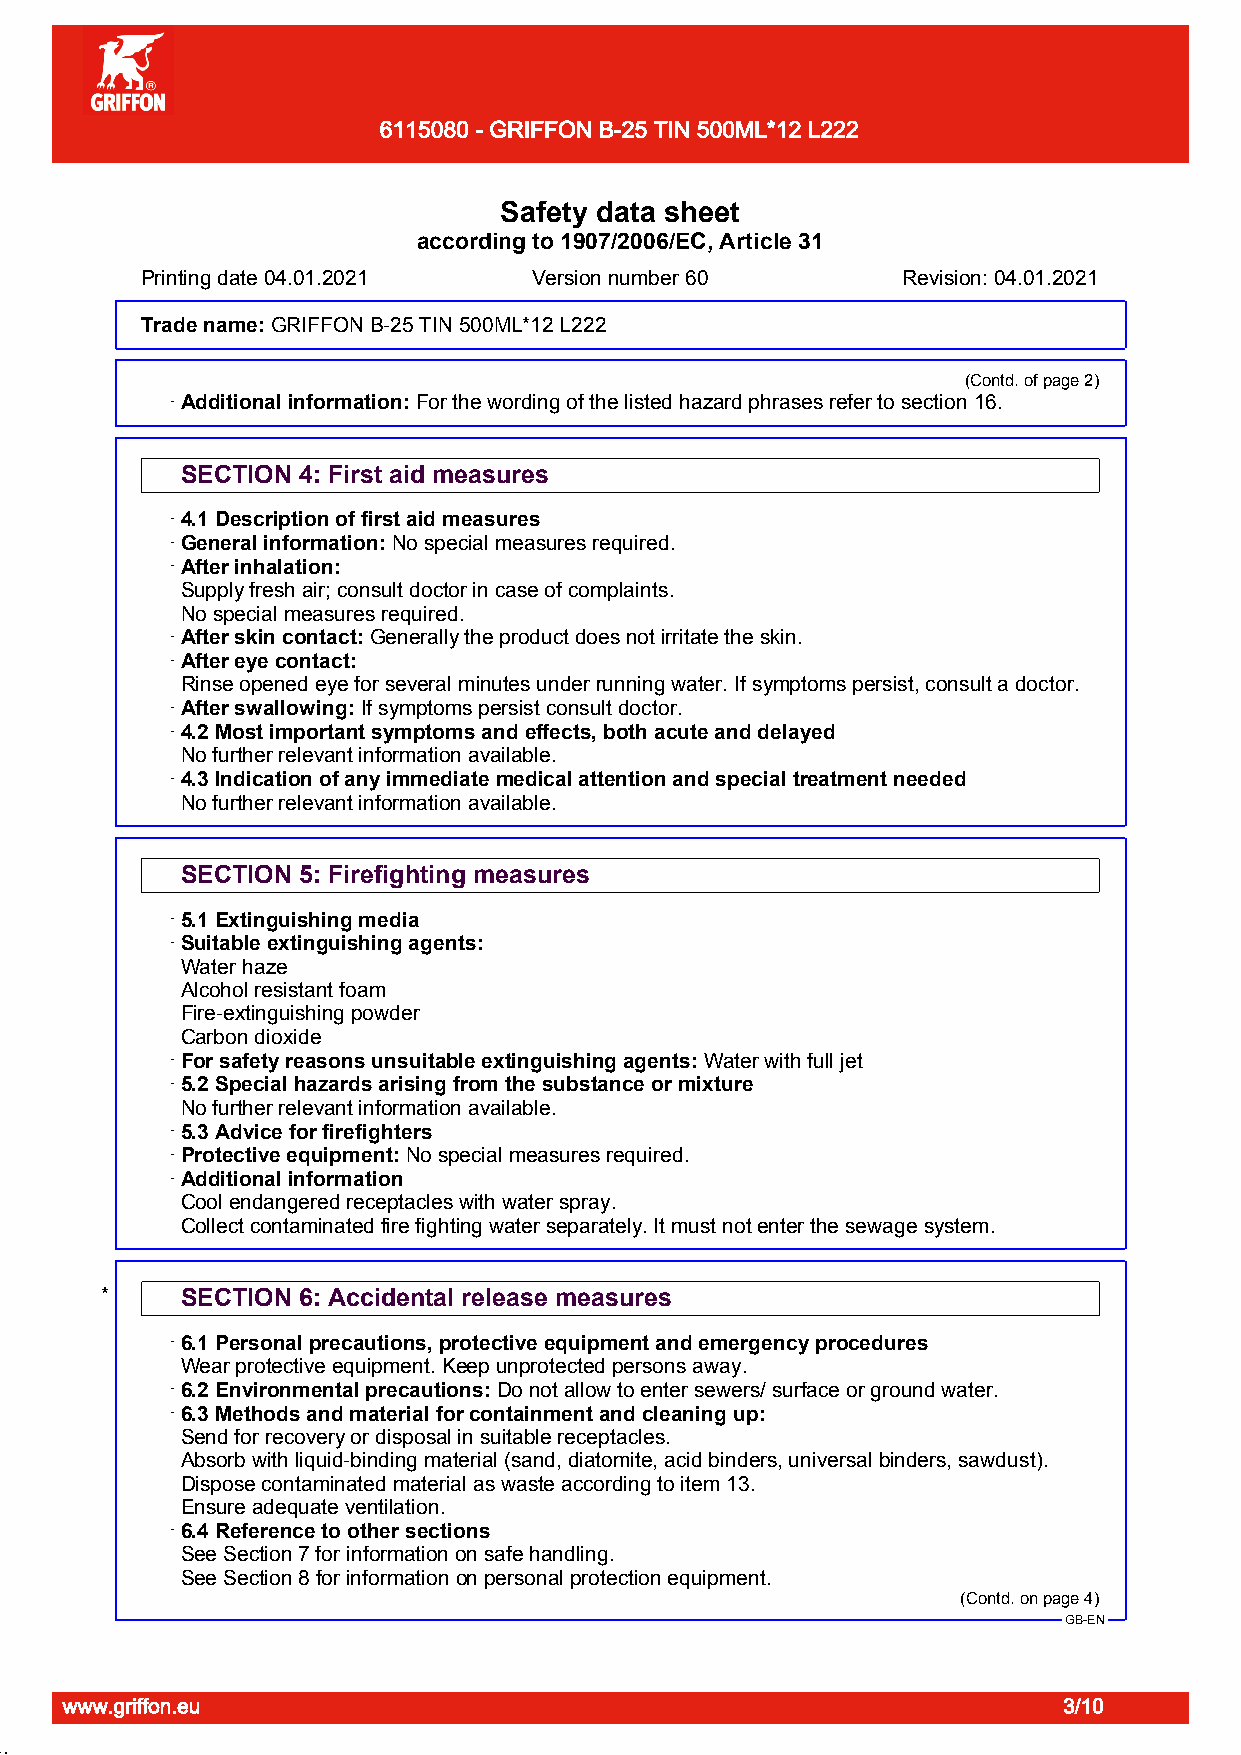
6115080 - GRIFFON B-25 TIN 500ML*12 L222
 Page 3/10
 Safety data sheet
 according to 1907/2006/EC, Article 31
 Printing date 04.01.2021  Version number 60        Revision: 04.01.2021
 Trade name:GDuRrIaFpFiOpNe OBn-2e5 S TtIeNp 5A0B0MS LS*o1l2v eLn2t2 2Cement
 (Contd. of page 2)
 · Additional information:For the wording of the listed hazard phrases refer to section 16.
 SECTION 4: First aid measures
 · 4.1 Description of first aid measures
 · General information:No special measures required.
 · After inhalation:
 Supply fresh air; consult doctor in case of complaints.
 No special measures required.
 · After skin contact:Generally the product does not irritate the skin.
 · After eye contact:
 Rinse opened eye for several minutes under running water. If symptoms persist, consult a doctor.
 · After swallowing:If symptoms persist consult doctor.
 · 4.2 Most important symptoms and effects, both acute and delayed
 No further relevant information available.
 · 4.3 Indication of any immediate medical attention and special treatment needed
 No further relevant information available.
 SECTION 5: Firefighting measures
 · 5.1 Extinguishing media
 · Suitable extinguishing agents:
 Water haze
 Alcohol resistant foam
 Fire-extinguishing powder
 Carbon dioxide
 · For safety reasons unsuitable extinguishing agents:Water with full jet
 · 5.2 Special hazards arising from the substance or mixture
 No further relevant information available.
 · 5.3 Advice for firefighters
 · Protective equipment:No special measures required.
 · Additional information
 Cool endangered receptacles with water spray.
 Collect contaminated fire fighting water separately. It must not enter the sewage system.
 *    SECTION 6: Accidental release measures
 · 6.1 Personal precautions, protective equipment and emergency procedures
 Wear protective equipment. Keep unprotected persons away.
 · 6.2 Environmental precautions:Do not allow to enter sewers/ surface or ground water.
 · 6.3 Methods and material for containment and cleaning up:
 Send for recovery or disposal in suitable receptacles.
 Absorb with liquid-binding material (sand, diatomite, acid binders, universal binders, sawdust).
 Dispose contaminated material as waste according to item 13.
 Ensure adequate ventilation.
 · 6.4 Reference to other sections
 See Section 7 for information on safe handling.
 See Section 8 for information on personal protection equipment.
 (Contd. on page 4)
 GB-EN
 www.griffon.eu                                                    3/10
 51.1.22